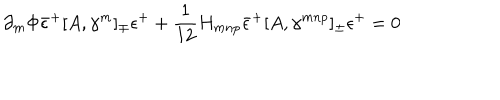
\partial _ { m } \Phi { \bar { \epsilon } ^ { + } } [ A , \gamma ^ { m } ] _ { \mp } \epsilon ^ { + } + \frac { 1 } { 1 2 } H _ { m n p } { \bar { \epsilon } ^ { + } } [ A , \gamma ^ { m n p } ] _ { \pm } \epsilon ^ { + } = 0